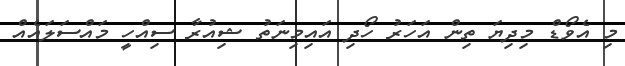
މި އެވޯޑް މިދިޔަ ތިން އަހަރު ހޯދި އައިމިނަތު ޝިއުރާ ސިއްހީ މައްސަލައެއް